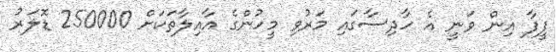
ފީފާ އިން ވަނީ އެ ހާދިސާގައި މަރުވި މީހުންގެ އާއިލާތަކަށް 250000 ޑޮލަރު